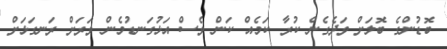
ބޮޑުންގެ ބޮލަށް ވަދެގެން ކުރާ ކަމެއް ކަން ވެސް އަޅުގަނޑުމެން ވަރަށް ރަނގަޅަށް